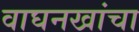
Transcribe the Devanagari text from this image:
वाघनखांचा